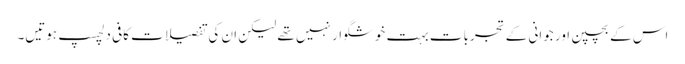
اس کے بچپن اور جوانی کے تجربات بہت خوشگوار نہیں تھے لیکن ان کی تفصیلات کافی دلچسپ ہوتیں۔